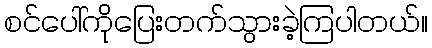
စင်ပေါ်ကိုပြေးတက်သွားခဲ့ကြပါတယ်။